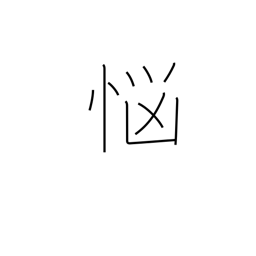
Meaning: distress